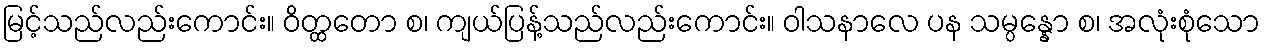
မြင့်သည်လည်းကောင်း။ ဝိတ္ထတော စ၊ ကျယ်ပြန့်သည်လည်းကောင်း။ ဝါသနာလေ ပန သမ္ပန္နော စ၊ အလုံးစုံသော